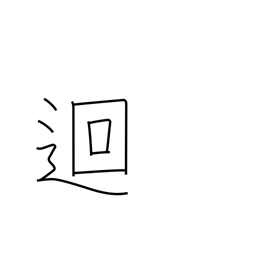
Meaning: go around